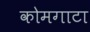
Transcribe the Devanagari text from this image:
कोमगाटा